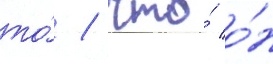
то́ / что́ о́н